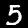
Label: 5